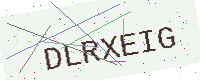
Text: DLRXEIG